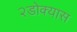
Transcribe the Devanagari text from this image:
२डोक्यास